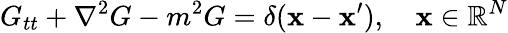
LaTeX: G_{tt}+\nabla^{2}G-m^{2}G=\delta(\mathbf{x}-\mathbf{x}^{\prime}),\quad\mathbf{x}\in\mathbb{R}^{N}